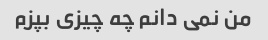
من نمی دانم چه چیزی بپزم